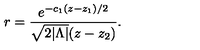
r = { \frac { e ^ { - c _ { 1 } ( z - z _ { 1 } ) / 2 } } { \sqrt { 2 | \Lambda | } ( z - z _ { 2 } ) } } .